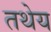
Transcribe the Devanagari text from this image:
तथेय